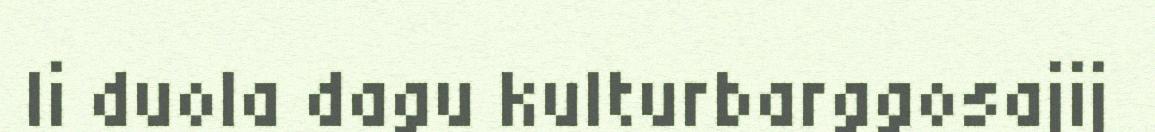
li duola dagu kulturbarggosajij